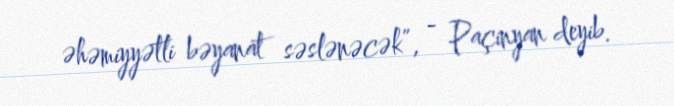
əhəmiyyətli bəyanat səslənəcək”, - Paçinyan deyib.